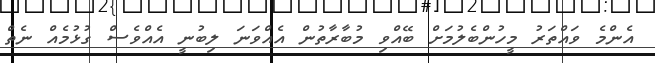
އެންމެ ވައްތަރު މީހުންބެލުމަށް ބޭއްވި މުބާރާތުން އެއްވަނަ ލިބުނީ އެއްވެސް ގުޅުމެއް ނެތް